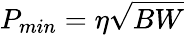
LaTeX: P_{min}=\eta\sqrt{BW}